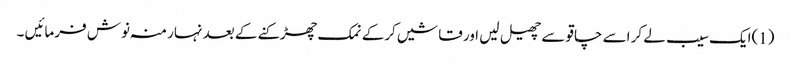
(1)ایک سیب لے کر اسے چاقو سے چھیل لیں اور قاشیں کرکے نمک چھڑکنے کے بعد نہار منہ نوش فرمائیں ۔